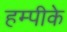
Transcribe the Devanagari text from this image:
हम्पीके